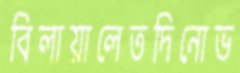
বিলায়ালেতদিনোভ